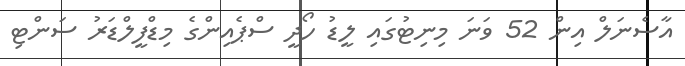
އާސެނަލް އިން 52 ވަނަ މިނިޓުގައި ލީޑު ހޯދީ ސްޕެއިންގެ މިޑްފީލްޑަރު ސަންޓި